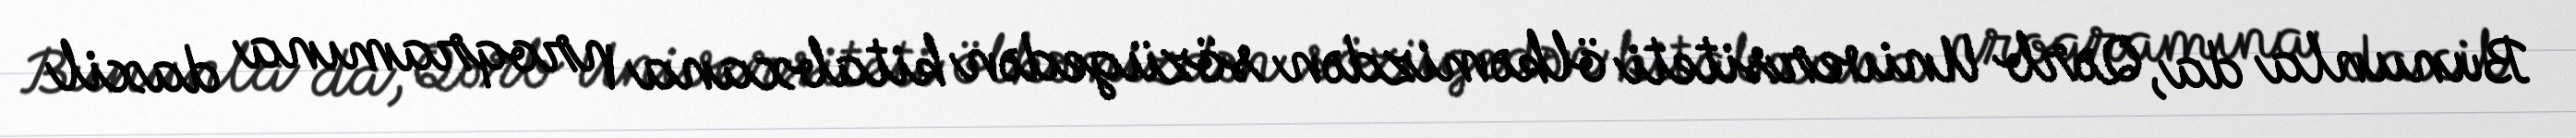
Bununla da, Qərb Universiteti ölkəmizdən sözügedən kitabxana proqramına daxil